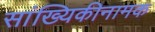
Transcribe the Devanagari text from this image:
सांख्यिकीनामक